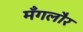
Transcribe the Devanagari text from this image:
मँगलौर